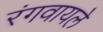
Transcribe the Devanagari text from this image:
रंगवायले